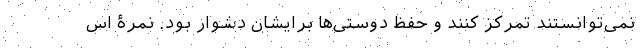
نمی‌توانستند تمرکز کنند و حفظ دوستی‌ها برایشان دشوار بود. نمرۀ اس